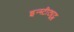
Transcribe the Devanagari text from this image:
इन्स्टीट्यूट्स